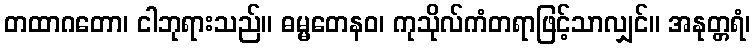
တထာဂတော၊ ငါဘုရားသည်။ ဓမ္မတေနဝ၊ ကုသိုလ်ကံတရာဖြင့်သာလျှင်။ အနုတ္တရံ၊